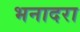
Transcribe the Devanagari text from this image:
भनादरा